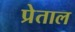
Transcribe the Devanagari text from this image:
प्रेताल